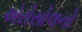
એરોસોલનો